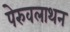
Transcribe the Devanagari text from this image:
पेरुवलाथन